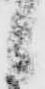
候